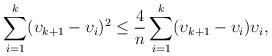
LaTeX: \begin{align*}\sum_{i=1}^k(\upsilon_{k+1}-\upsilon_i)^2 \leq \frac{4}{n} \sum_{i=1}^k (\upsilon_{k+1}-\upsilon_i)\upsilon_i,\end{align*}